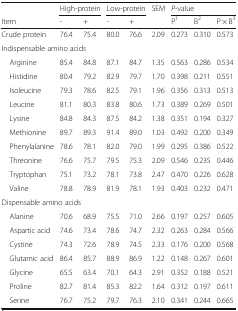
<table><thead><tr><td></td><td colspan="2"><b>High-protein</b></td><td colspan="2"><b>Low-protein</b></td><td rowspan="2"><b>SEM</b></td><td colspan="3"><b><i>P</i>-value</b></td></tr><tr><td><b>Item</b></td><td><b>-</b></td><td><b>+</b></td><td><b>-</b></td><td><b>+</b></td><td><b>P<sup>1</sup></b></td><td><b>B<sup>2</sup></b></td><td><b>P × B<sup>3</sup></b></td></tr></thead><tbody><tr><td>Crude protein</td><td>76.4</td><td>75.4</td><td>80.0</td><td>76.6</td><td>2.09</td><td>0.273</td><td>0.310</td><td>0.573</td></tr><tr><td colspan="9">Indispensable amino acids</td></tr><tr><td> Arginine</td><td>85.4</td><td>84.8</td><td>87.1</td><td>84.7</td><td>1.35</td><td>0.563</td><td>0.286</td><td>0.534</td></tr><tr><td> Histidine</td><td>80.4</td><td>79.2</td><td>82.9</td><td>79.7</td><td>1.70</td><td>0.398</td><td>0.211</td><td>0.551</td></tr><tr><td> Isoleucine</td><td>79.3</td><td>78.6</td><td>82.5</td><td>79.1</td><td>1.96</td><td>0.356</td><td>0.313</td><td>0.513</td></tr><tr><td> Leucine</td><td>81.1</td><td>80.3</td><td>83.8</td><td>80.6</td><td>1.73</td><td>0.389</td><td>0.269</td><td>0.501</td></tr><tr><td> Lysine</td><td>84.8</td><td>84.3</td><td>87.5</td><td>84.2</td><td>1.38</td><td>0.351</td><td>0.194</td><td>0.327</td></tr><tr><td> Methionine</td><td>89.7</td><td>89.3</td><td>91.4</td><td>89.0</td><td>1.03</td><td>0.492</td><td>0.200</td><td>0.349</td></tr><tr><td> Phenylalanine</td><td>78.6</td><td>78.1</td><td>82.0</td><td>79.0</td><td>1.99</td><td>0.295</td><td>0.386</td><td>0.522</td></tr><tr><td> Threonine</td><td>76.6</td><td>75.7</td><td>79.5</td><td>75.3</td><td>2.09</td><td>0.546</td><td>0.235</td><td>0.446</td></tr><tr><td> Tryptophan</td><td>75.1</td><td>73.2</td><td>78.1</td><td>73.8</td><td>2.47</td><td>0.470</td><td>0.226</td><td>0.628</td></tr><tr><td> Valine</td><td>78.8</td><td>78.9</td><td>81.9</td><td>78.1</td><td>1.93</td><td>0.403</td><td>0.232</td><td>0.471</td></tr><tr><td colspan="9">Dispensable amino acids</td></tr><tr><td> Alanine</td><td>70.6</td><td>68.9</td><td>75.5</td><td>71.0</td><td>2.66</td><td>0.197</td><td>0.257</td><td>0.605</td></tr><tr><td> Aspartic acid</td><td>74.6</td><td>73.4</td><td>78.6</td><td>74.7</td><td>2.32</td><td>0.263</td><td>0.284</td><td>0.566</td></tr><tr><td> Cystine</td><td>74.3</td><td>72.6</td><td>78.9</td><td>74.5</td><td>2.33</td><td>0.176</td><td>0.200</td><td>0.568</td></tr><tr><td> Glutamic acid</td><td>86.4</td><td>85.7</td><td>88.9</td><td>86.9</td><td>1.22</td><td>0.148</td><td>0.267</td><td>0.601</td></tr><tr><td> Glycine</td><td>65.5</td><td>63.4</td><td>70.1</td><td>64.3</td><td>2.91</td><td>0.352</td><td>0.188</td><td>0.521</td></tr><tr><td> Proline</td><td>82.7</td><td>81.4</td><td>85.3</td><td>82.2</td><td>1.64</td><td>0.312</td><td>0.197</td><td>0.611</td></tr><tr><td> Serine</td><td>76.7</td><td>75.2</td><td>79.7</td><td>76.3</td><td>2.10</td><td>0.341</td><td>0.244</td><td>0.665</td></tr></tbody></table>